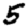
Digit: 5